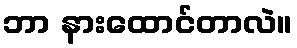
ဘာ နားထောင်တာလဲ။